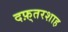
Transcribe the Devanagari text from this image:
दफ़्तरशाह